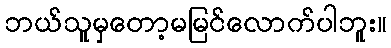
ဘယ်သူမှတော့မမြင်လောက်ပါဘူး။